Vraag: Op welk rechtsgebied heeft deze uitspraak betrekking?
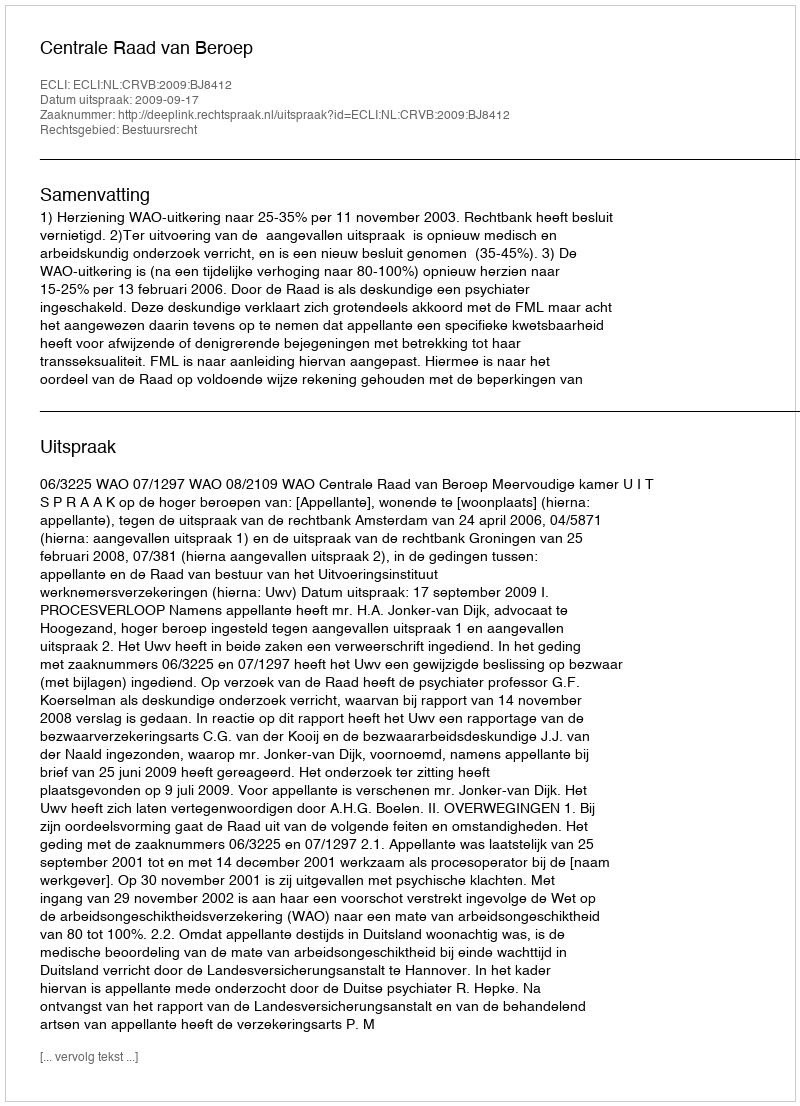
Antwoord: Bestuursrecht